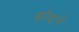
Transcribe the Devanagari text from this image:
कोंदाने